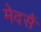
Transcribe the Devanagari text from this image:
मेदसैं